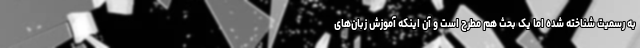
به رسمیت شناخته شده اما یک بحث هم مطرح است و آن اینکه آموزش زبان‌های